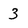
Character: 3